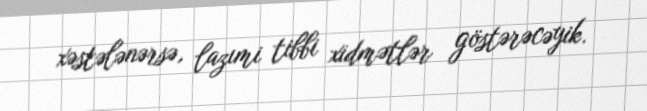
xəstələnərsə, lazımi tibbi xidmətlər göstərəcəyik.